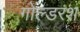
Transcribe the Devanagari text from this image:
गोल्डरश